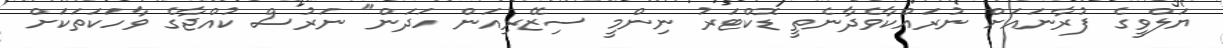
ޔަލްވީގެ ފުރާނައަށް ނުރައްކާވެދާނެތީ ޑޮކްޓަރު ނިންމީ ސިޒޭރިއަން ހަދަން" ނަރުސް ކުއްޖާގެ ވާހަކަތަކަށް